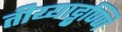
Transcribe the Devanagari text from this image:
तीय्याट्टुण्णि